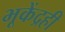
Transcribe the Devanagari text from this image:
भूकेंद्रही